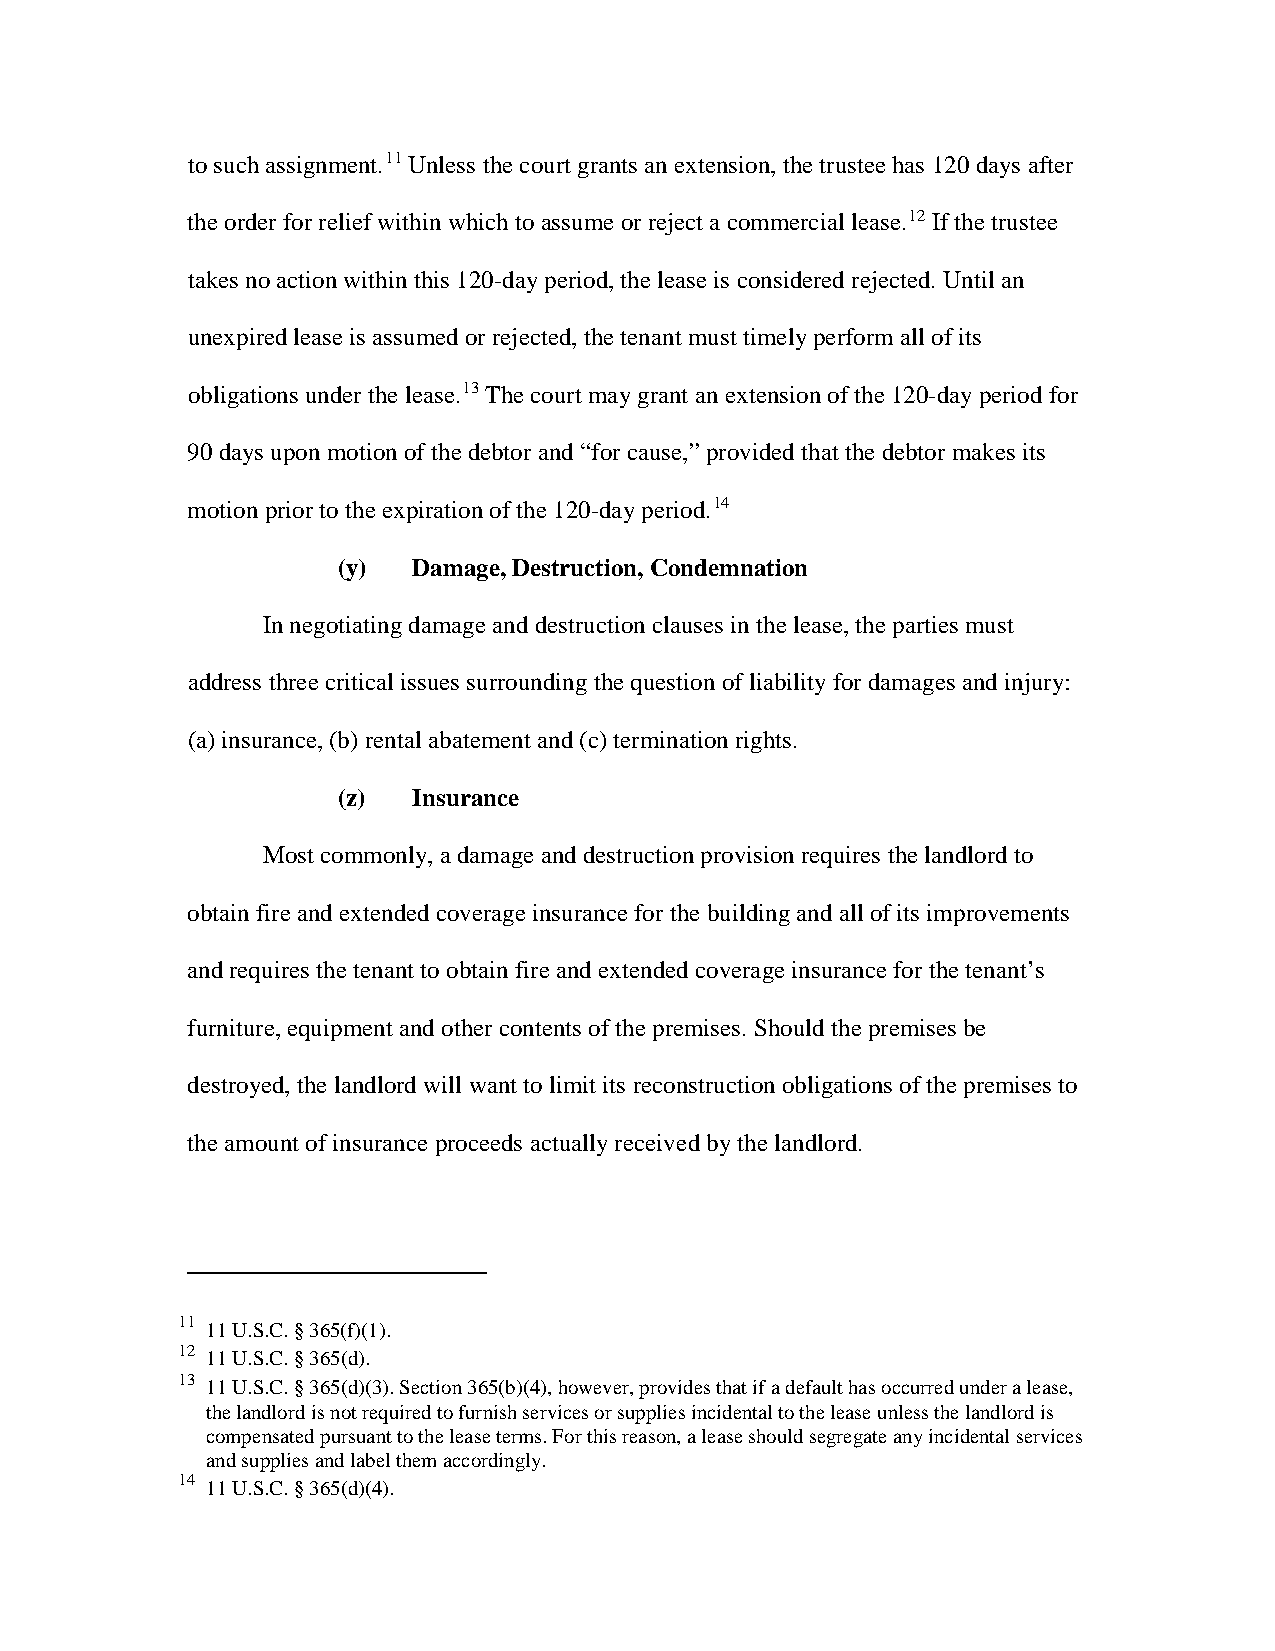
to such assignment.11 Unless the court grants an extension, the trustee has 120 days after
 the order for relief within which to assume or reject a commercial lease.12 If the trustee
 takes no action within this 120-day period, the lease is considered rejected. Until an
 unexpired lease is assumed or rejected, the tenant must timely perform all of its
 obligations under the lease.13 The court may grant an extension of the 120-day period for
 90 days upon motion of the debtor and “for cause,” provided that the debtor makes its
 motion prior to the expiration of the 120-day period.14
 (y)  Damage, Destruction, Condemnation
 In negotiating damage and destruction clauses in the lease, the parties must
 address three critical issues surrounding the question of liability for damages and injury:
 (a) insurance, (b) rental abatement and (c) termination rights.
 (z)  Insurance
 Most commonly, a damage and destruction provision requires the landlord to
 obtain fire and extended coverage insurance for the building and all of its improvements
 and requires the tenant to obtain fire and extended coverage insurance for the tenant’s
 furniture, equipment and other contents of the premises. Should the premises be
 destroyed, the landlord will want to limit its reconstruction obligations of the premises to
 the amount of insurance proceeds actually received by the landlord.
 11
 11 U.S.C. § 365(f)(1).
 12
 11 U.S.C. § 365(d).
 13
 11 U.S.C. § 365(d)(3). Section 365(b)(4), however, provides that if a default has occurred under a lease,
 the landlord is not required to furnish services or supplies incidental to the lease unless the landlord is
 compensated pursuant to the lease terms. For this reason, a lease should segregate any incidental services
 and supplies and label them accordingly.
 14
 11 U.S.C. § 365(d)(4).